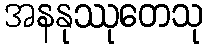
အနနုဿုတေသု